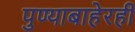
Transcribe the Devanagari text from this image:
पुण्याबाहेरही